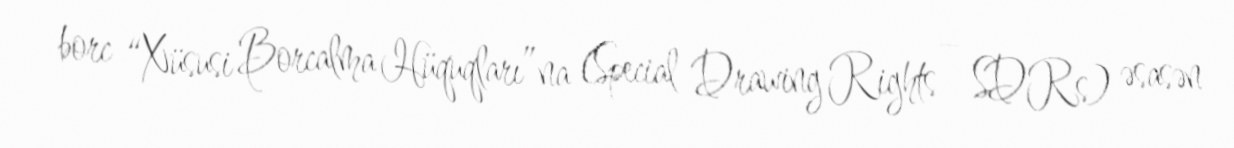
borc “Xüsusi Borcalma Hüquqları”na (Special Drawing Rights – SDRs) əsasən